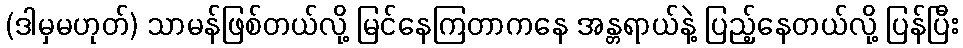
(ဒါမှမဟုတ်) သာမန်ဖြစ်တယ်လို့ မြင်နေကြတာကနေ အန္တရာယ်နဲ့ ပြည့်နေတယ်လို့ ပြန်ပြီး